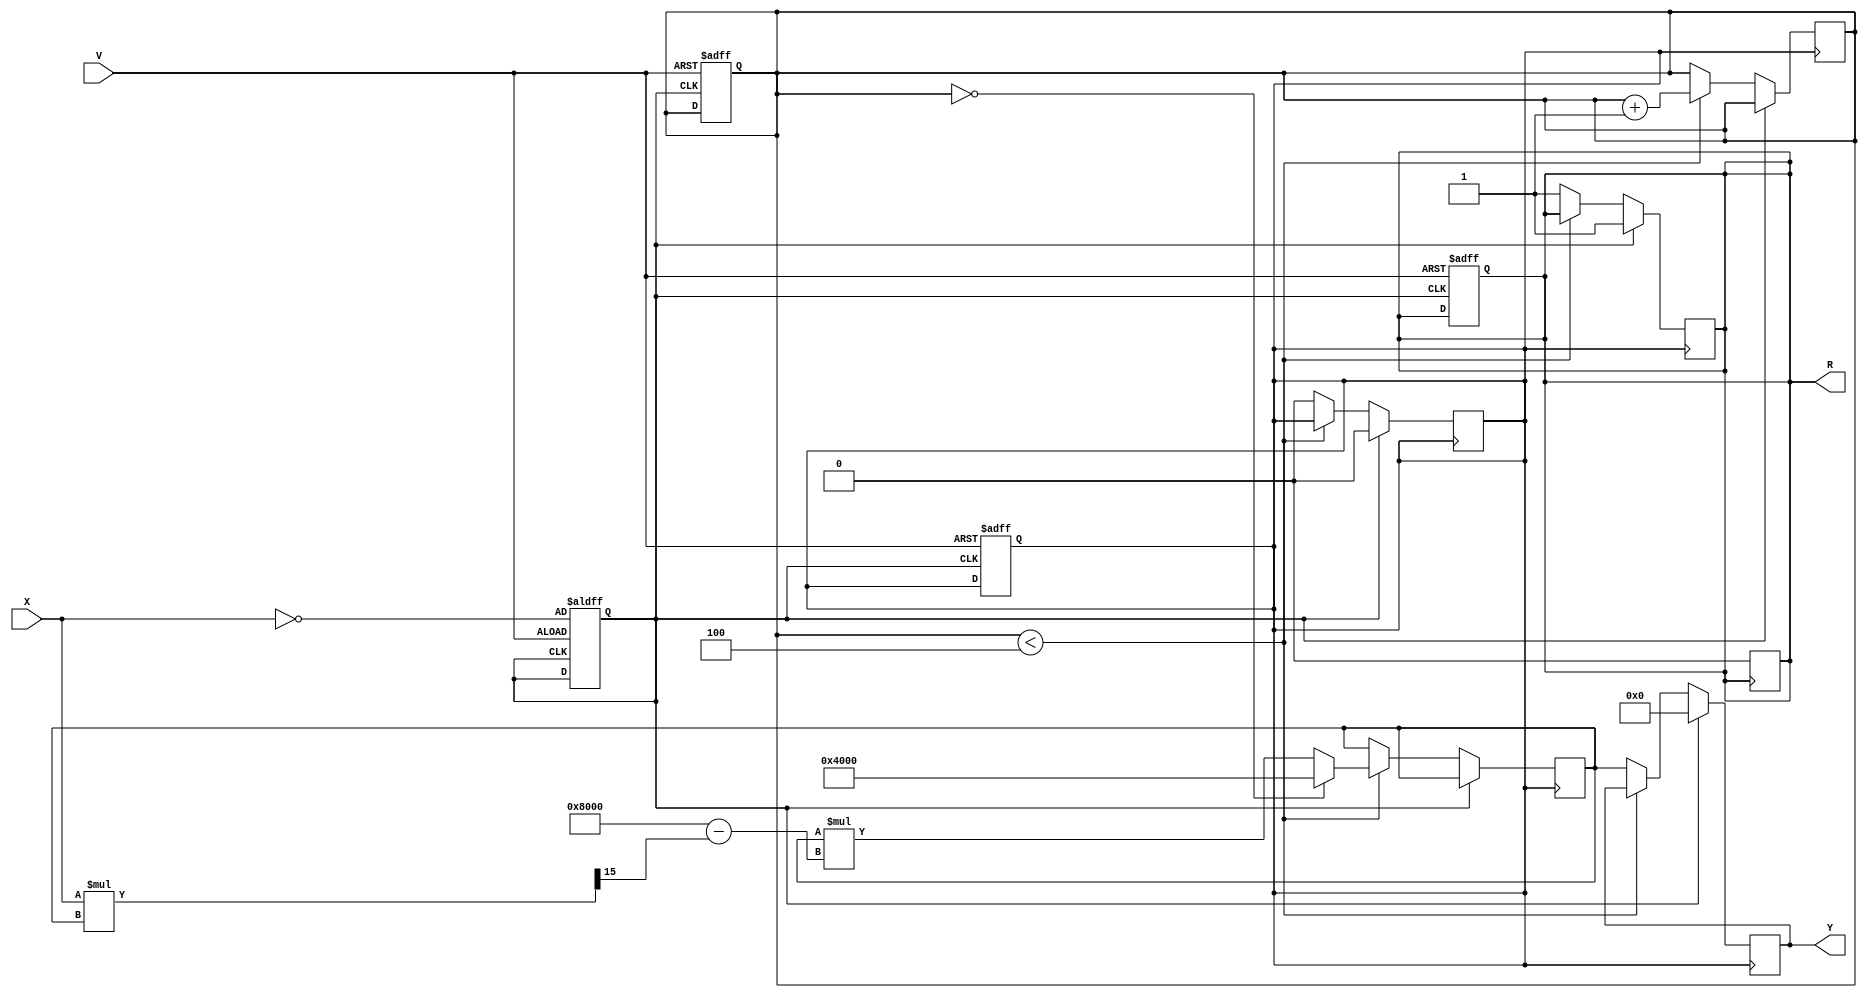
module DirectReciprocalUnit (
    input wire [15:0] X,     // Input Data
    input wire V,            // Valid Signal
    output reg [15:0] Y,     // Reciprocal Output
    output reg R             // Ready Signal
);

    reg [15:0] input_data;
    reg [3:0] iteration;      // Counter for iterations
    reg [15:0] approx;        // Current approximation of the reciprocal
    reg valid;                // Internal valid signal
    reg zero_input;           // Flag for zero input

    // Parameters for Newton-Raphson
    parameter MAX_ITER = 4;  // Maximum number of iterations

    always @(posedge V or posedge zero_input) begin
        if (V) begin
            input_data <= X;
            zero_input <= (X == 16'b0);
            valid <= 1'b1;
            iteration <= 0;
            R <= 1'b0; // Initially not ready
        end
    end

    always @(posedge valid) begin
        if (zero_input) begin
            Y <= 16'b0; // Handle division by zero
            R <= 1'b1;  // Output is ready
            valid <= 1'b0; // Reset valid
        end else if (iteration < MAX_ITER) begin
            // Newton-Raphson iteration: approx = approx * (2 - X * approx)
            if (iteration == 0) begin
                approx <= 16'h4000; // Initial guess (1.0 in fixed-point)
            end else begin
                approx <= approx * (16'h8000 - (X * approx >> 15)); // Fixed-point multiplication
            end
            
            iteration <= iteration + 1;
        end else begin
            Y <= approx; // Final approximation
            R <= 1'b1;   // Output is ready
            valid <= 1'b0; // Reset valid
        end
    end

    // Reset the ready signal after reading the output
    always @(posedge R) begin
        if (R) begin
            R <= 1'b0; // Reset ready signal after it has been read
        end
    end

endmodule